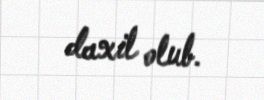
daxil olub.